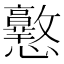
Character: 𢥲